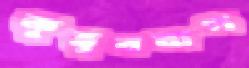
কুতুববাগ